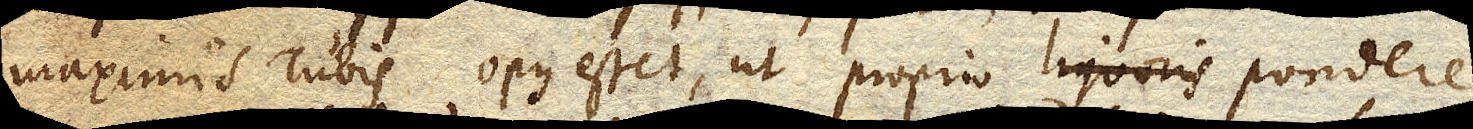
maximis Tubis opus esset, ut proprio pondere